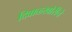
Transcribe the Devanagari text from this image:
दिवाळखोरीचे